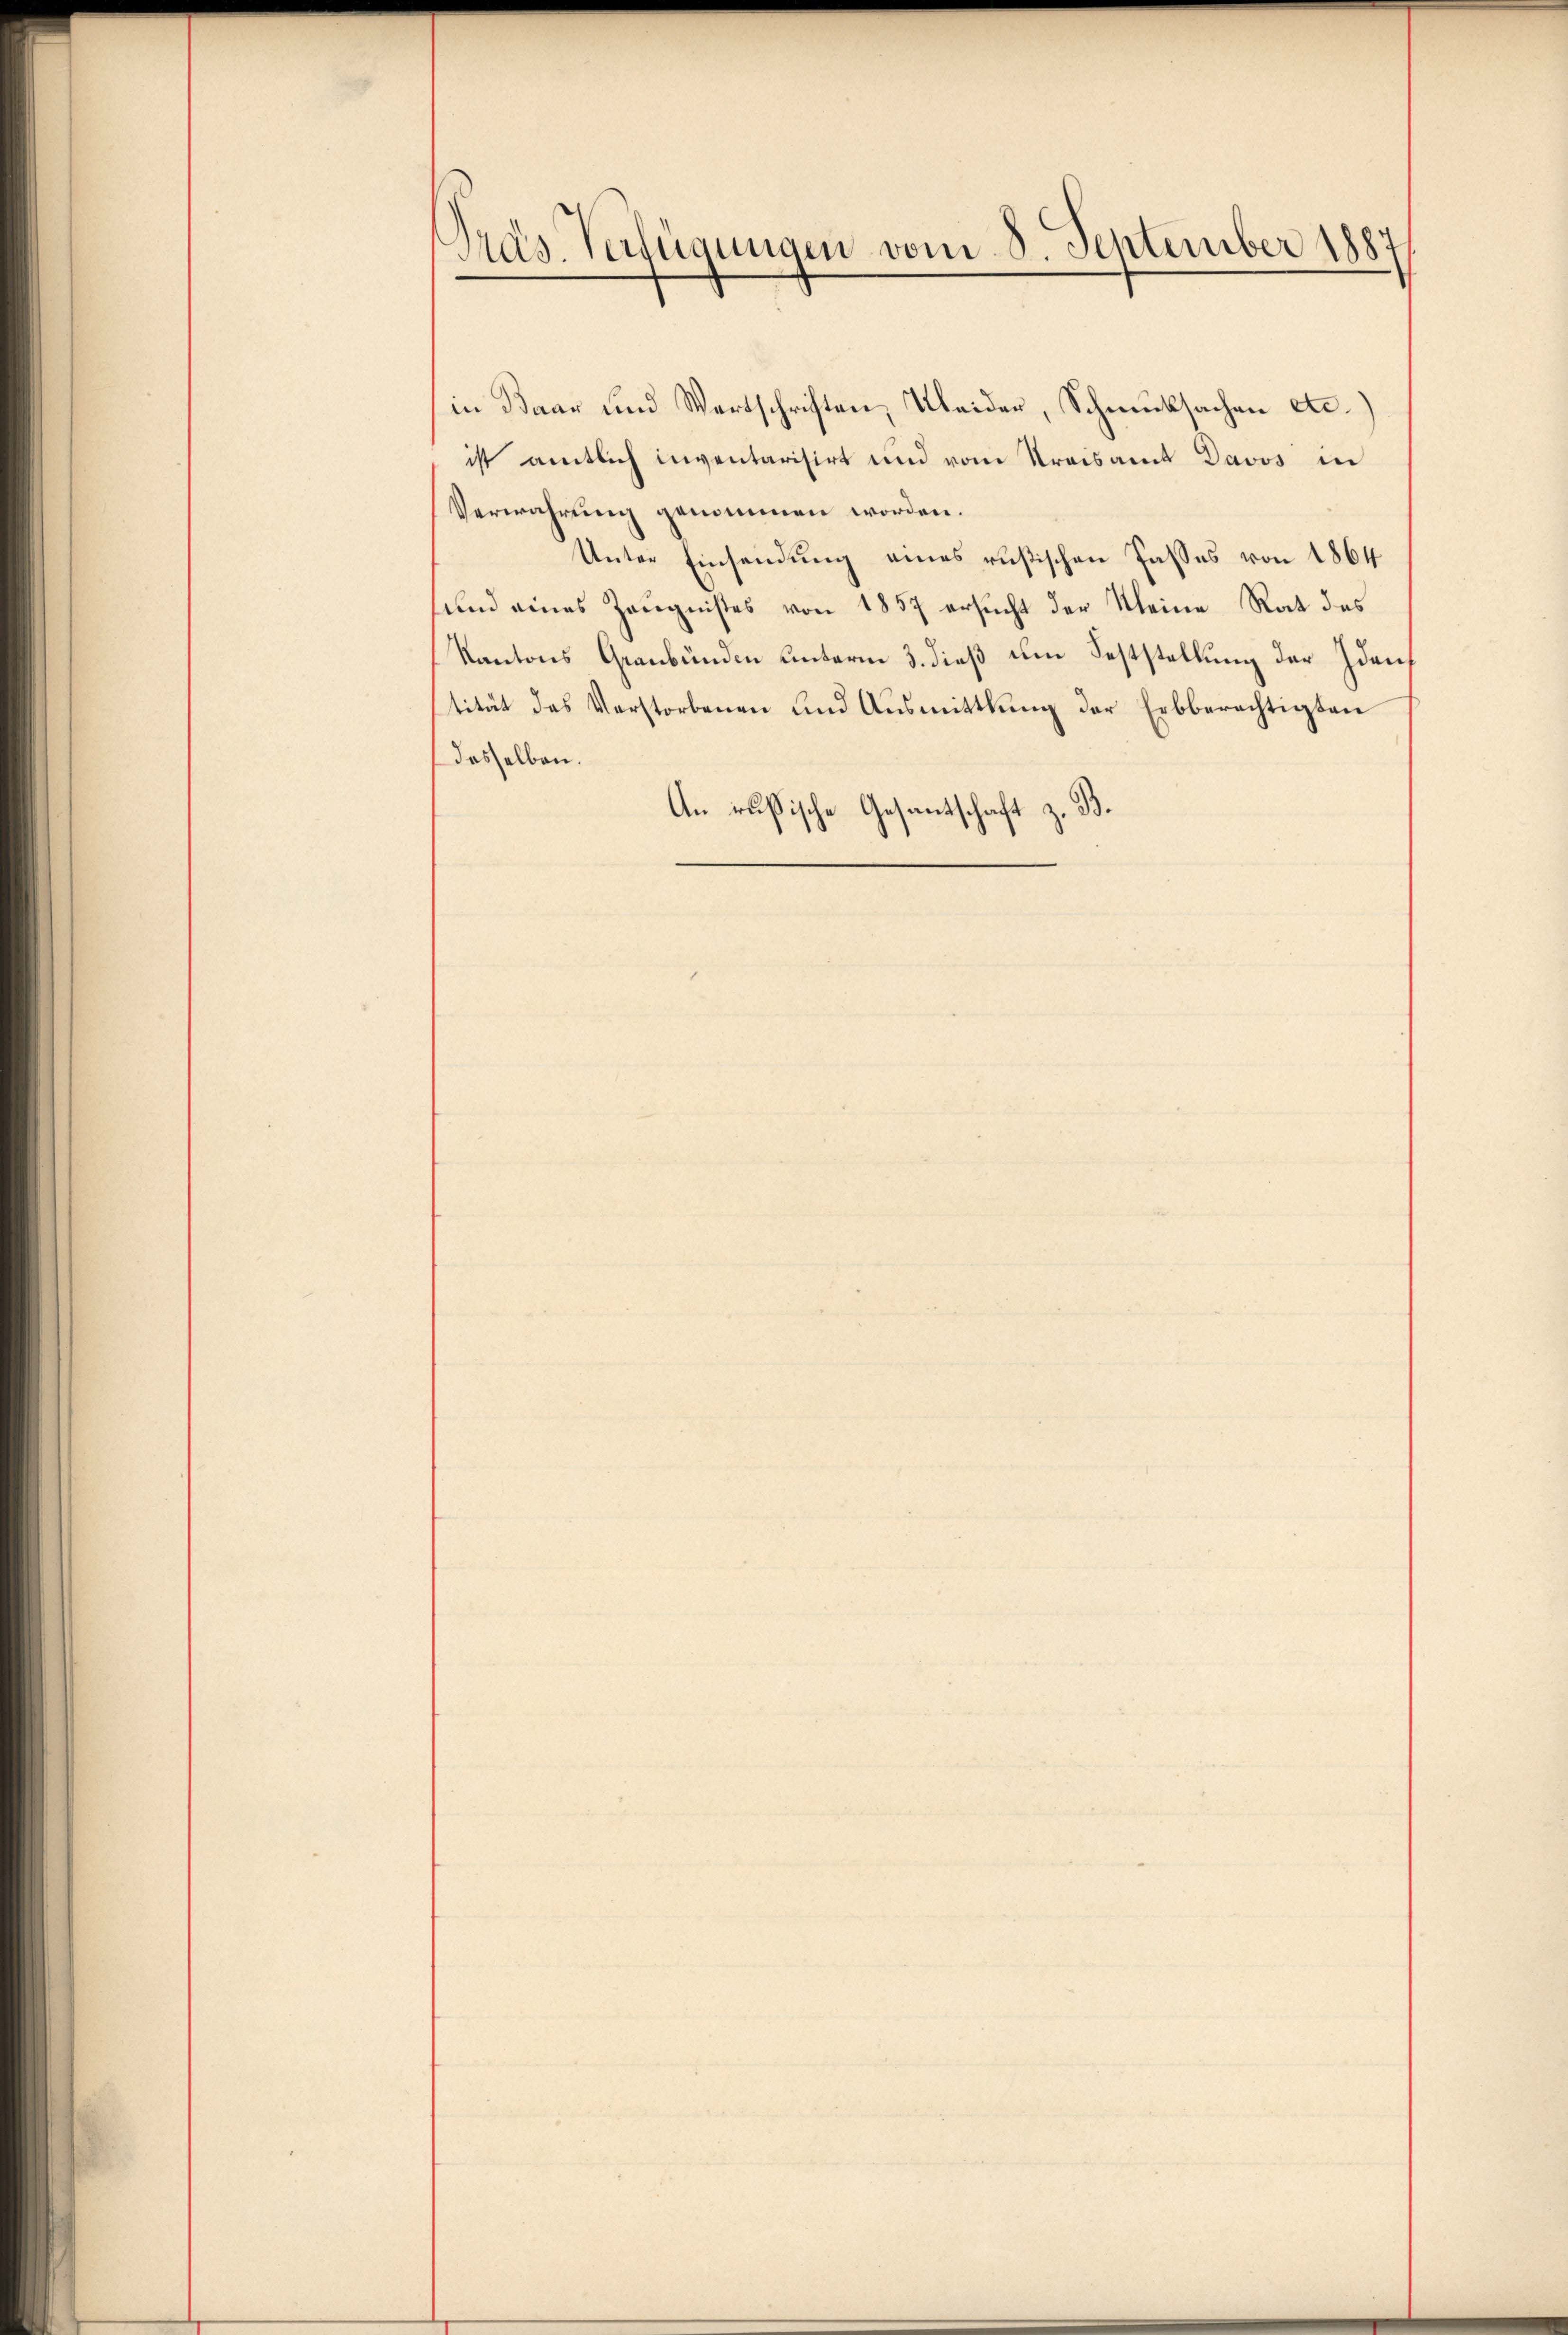
Präs. Verfügungen vom 8. September 1887

in Baar und Wertschriften, Kleider, Schmucksachen etc.)
ist amtlich inventarisirt und vom Kreisamt Davos in
Verwahrung genommen worden.
Unter Einsendung eines rusischen Fasses von 1864
sund eines Zeugnisses von 1857 ersucht der Kleine Rat des
Kantons Graubünden unterm 3. dieß um Feststellung der Idauf
tität das Verstorbenen und Aŭsmittlung der Erbberechtigten
dasselben.
An russische Gesantschaft z. B.